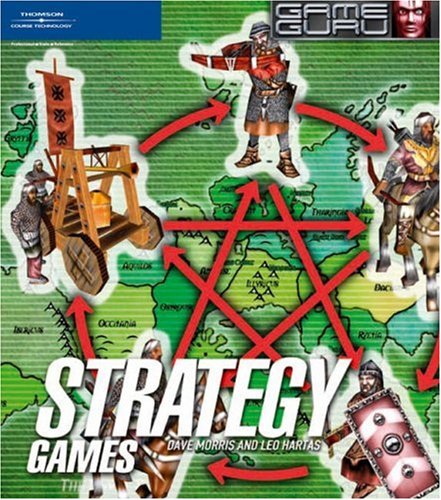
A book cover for Game Guru: Strategy Games (Premier Press Game Development); Dave Morris; Science Fiction & Fantasy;